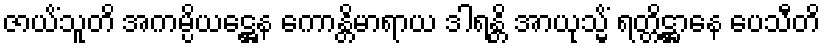
ဇာယိံသူတိ အကမ္ပိယဋ္ဌေန ကောန္တိမာရာယ ဒါရန္တိ အာယုသ္မိံ ရတ္တိဋ္ဌာနေ ပေသီတိ